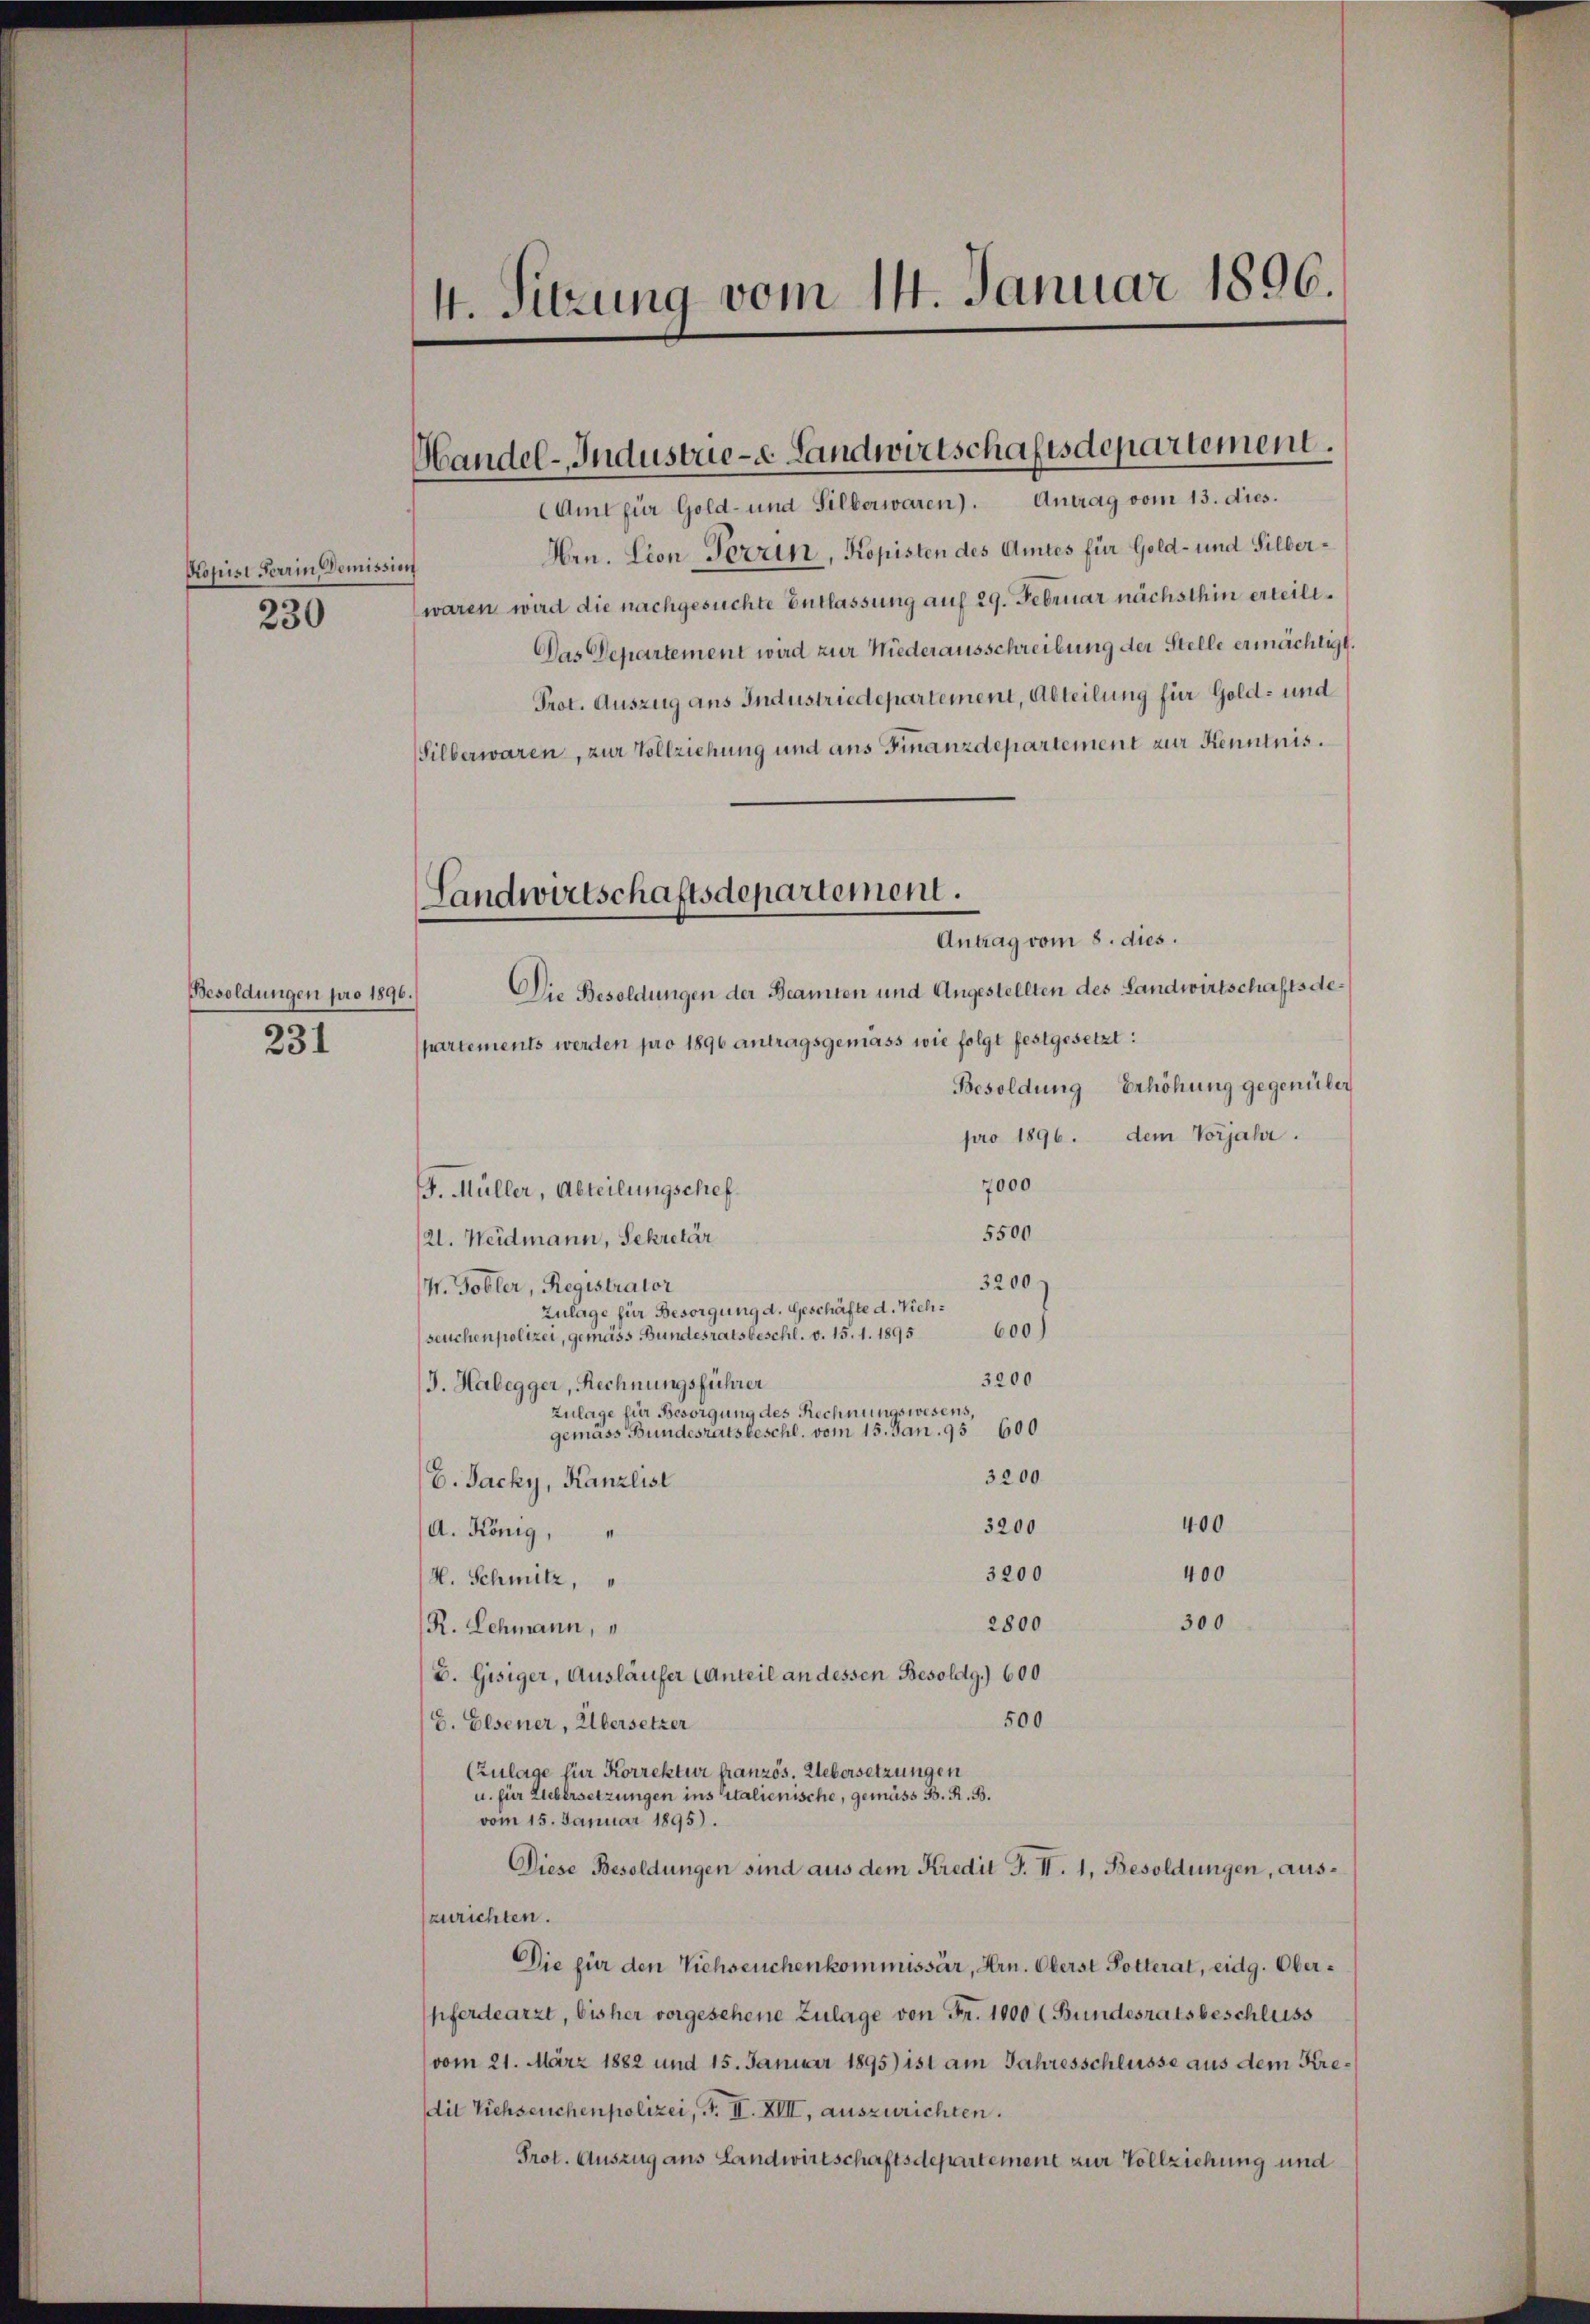
4. Sitzung vom 14. Januar 1896.

Handel-Industrie-e Landwirtschaftsdepartement.

Amt für Gold- und Silberwaren). Antrag vom 13. dies.
Hrn. Cion-Tovrin, Kopisten des Amtes für Gold- und Silberwaren wird die nachgesuchte Entlassung auf 29. Februar nächsthin erteili¬
Das Departement wird zur Niederausschreibung der Stelle ermächtigt.
Prot. Auszug aus Industriedepartement, Abteilung für Gold- und
Silberwaren, zur Vollziehung und aus Finanzdepartement zur Kenntnis.
Die Besoldungen der Beamten und Angestellten des Landwirtschaftsdepartements werden pro 1896 antragsgemäss wie folgt festgesetzt:
Besoldung Erhöhung gegenüber
pro 1896. dem Vorjahr.
7000
G. Müller, Abteilungschef.
5500
(21. Weidmann, Sekretär
3200
W. Tobler, Registrator
Zulage für Besorgung d. Geschäfte d. Vieh¬
600)
seuchenpolizei, gemäss Bundesratsbeschl. v. 15. 1. 1895
3200
J. Habegger, Rechnungsführer
Zulage für Besorgung des Rechnungswesens,
gemäss Bundesratsbeschl. vom 15. Jan. 95 600
3200
E. Jacky, Kanzlist
400
3200
A. König,
3200
400
H. Schmitz,
300
2800
R. Lehmann,
B. Gisiger, Ausläufer (Anteil an dessen Besoldg.) 600
500
G. Elsener, Übersetzer
(Zulage für Korrektur französ. Uebersetzungen
u. für Uebersetzungen ins italienische, gemäss B. R. B.
vom 15. Januar 1895).
Diese Besoldungen sind aus dem Kredit J. II. 1, Besoldungen, auszurichten.
Die für den Viehseuchenkommissär, Hrn. Oberst Potterat, eidg. Oberpferdearzt, bisher vorgesehene Zulage von Fr. 1000 (Bundesratsbeschluss
vom 21. März 1882 und 15. Januar 1895) ist am Jahresschlüsse aus dem Kredil Viehseuchenpolizei, S. II. XIII, auszurichten.
Prot. Auszug aus Landwirtschaftsdepartement zur Vollziehung und

Kopisi Ferrin Demission
230

Landwirtschaftsdepartement.
Antrag vom 8. dies.

Besoldungen pro 1896.
231